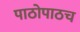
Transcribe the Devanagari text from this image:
पाठोपाठच